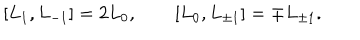
LaTeX: [ L _ { 1 } , L _ { - 1 } ] = 2 L _ { 0 } , [ L _ { 0 } , L _ { \pm 1 } ] = \mp L _ { \pm 1 } .